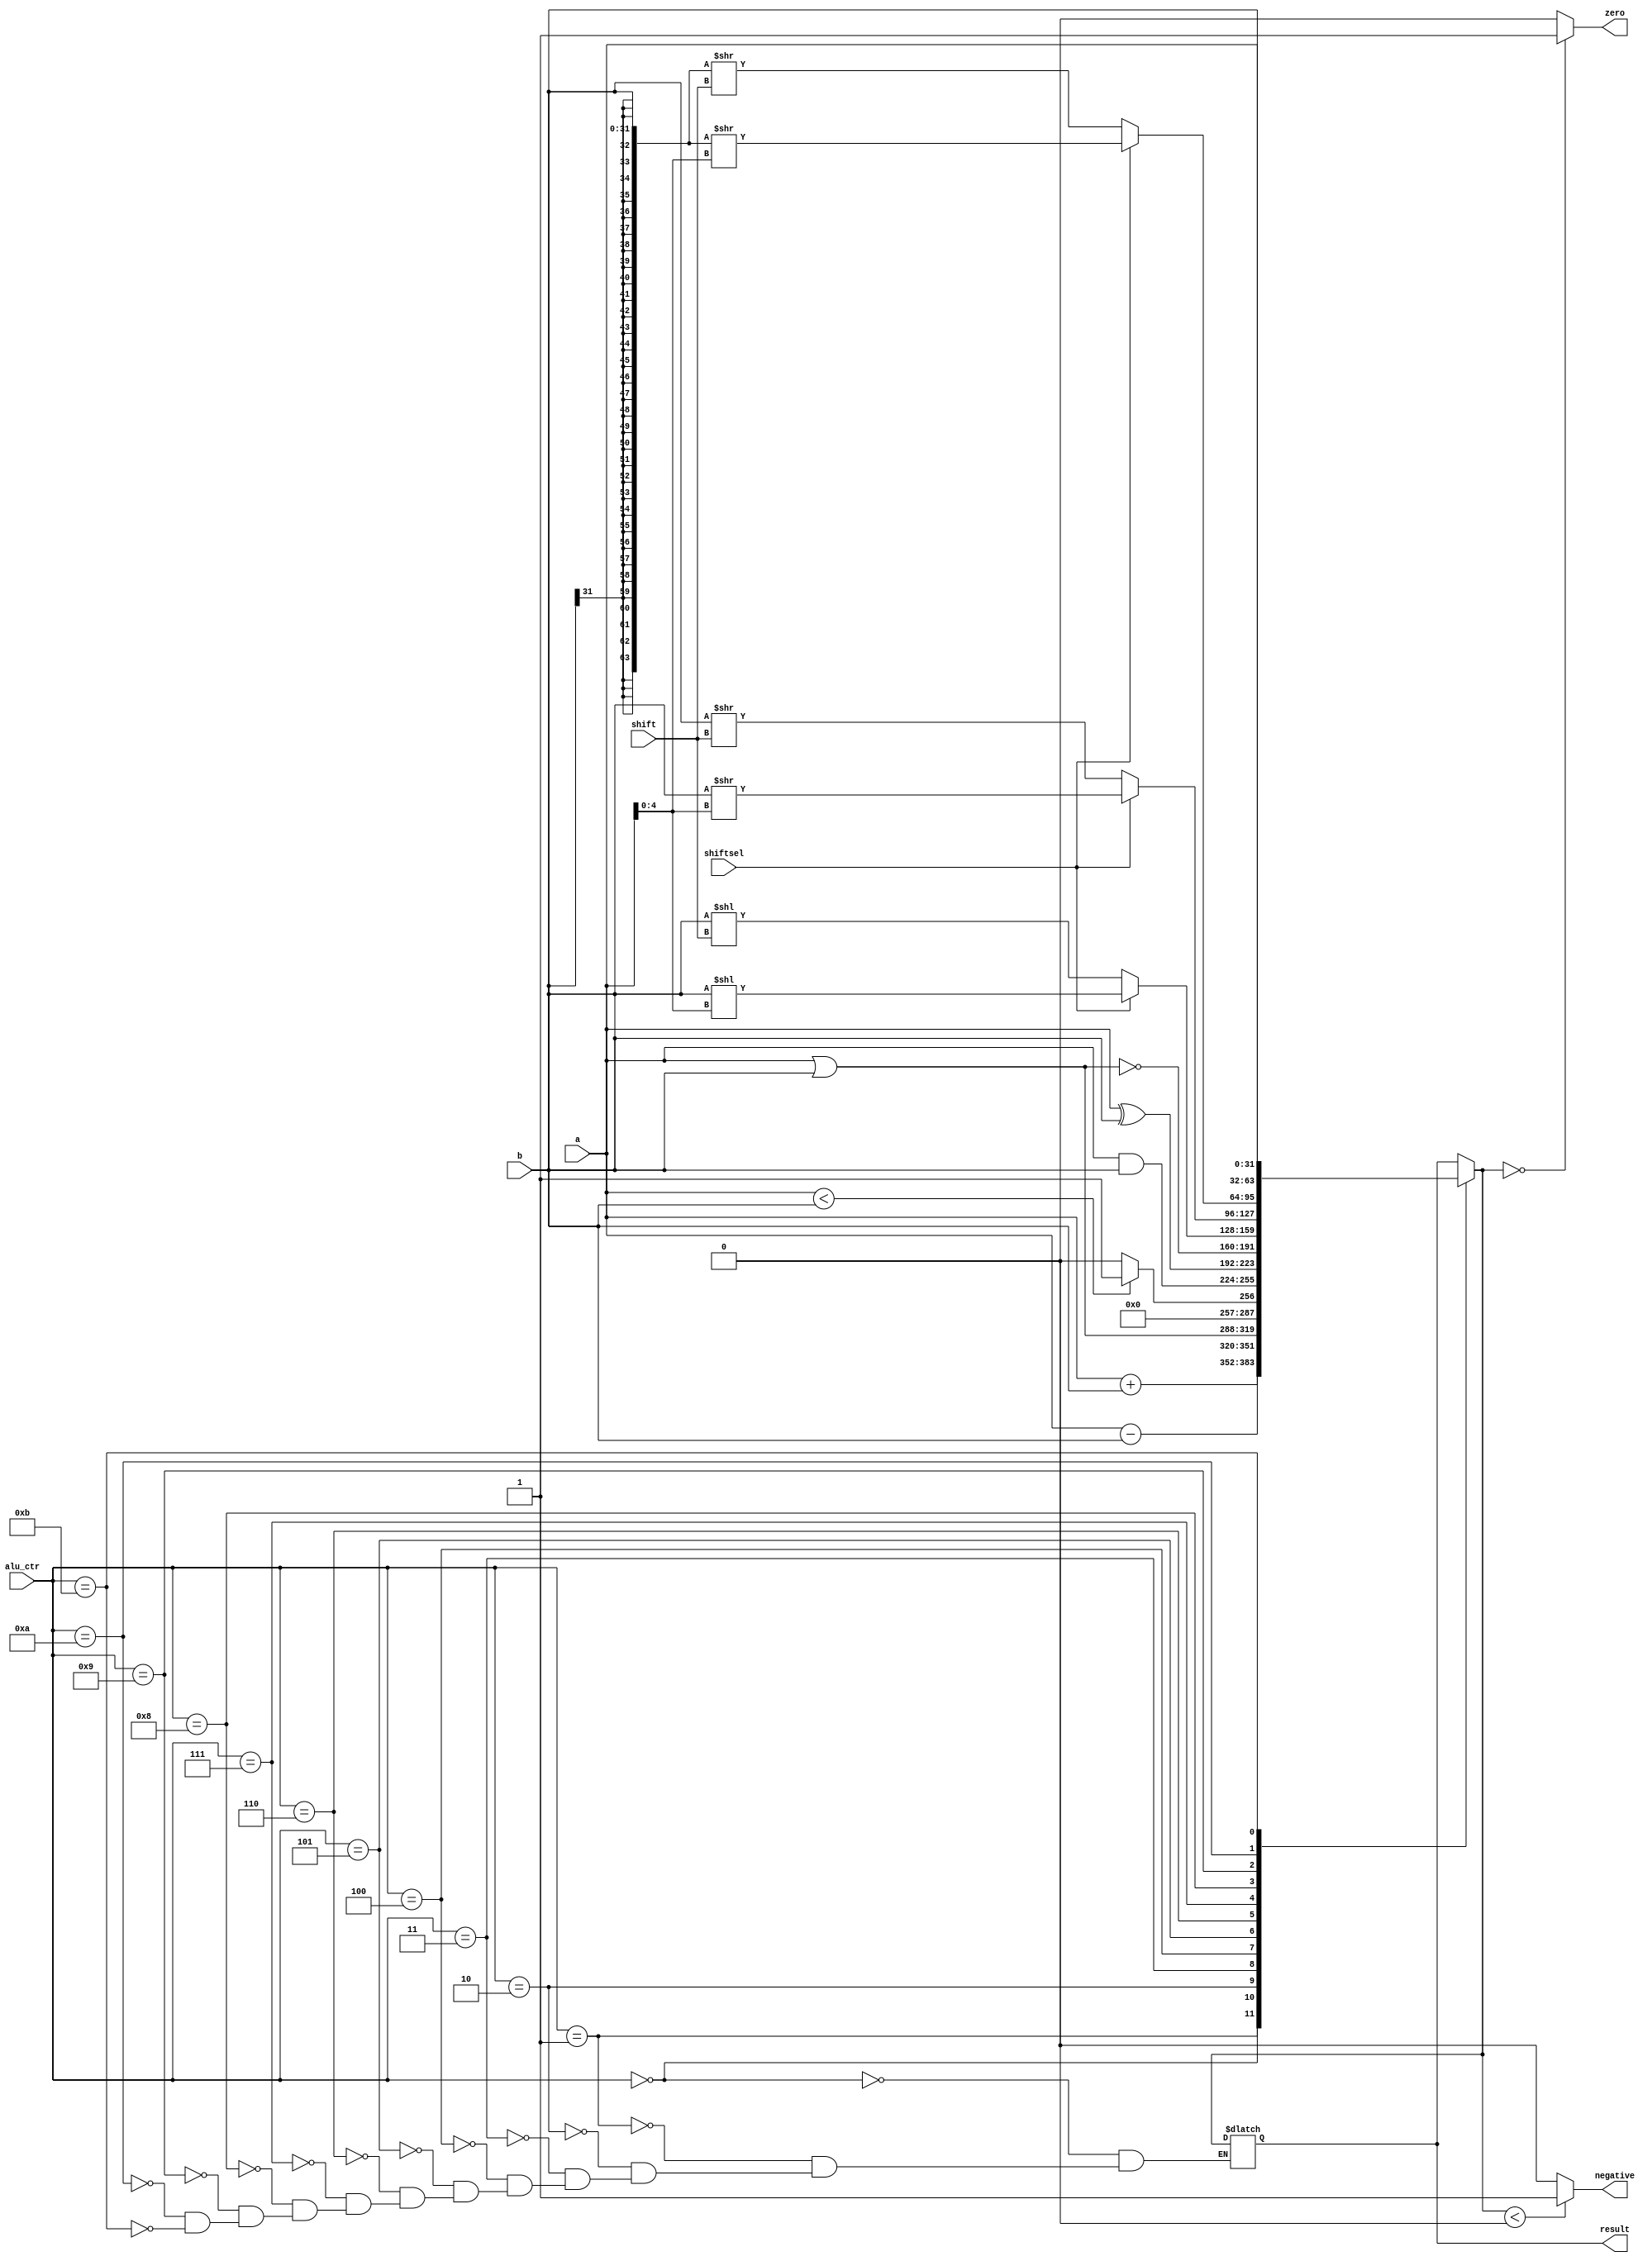
`timescale 1ns / 1ps
//////////////////////////////////////////////////////////////////////////////////
// Company: 
// Engineer: 
// 
// Design Name: 
// Module Name: alu
// Project Name: 
// Target Devices: 
// Tool Versions: 
// Description: 
// 
// Dependencies: 
// 
// Revision:
// Revision 0.01 - File Created
// Additional Comments:
// 
//////////////////////////////////////////////////////////////////////////////////


module alu(
    input [31:0] a,
    input [31:0] b,
    input [3:0] alu_ctr,
    input [4:0] shift,
    input shiftsel,
    output reg [31:0] result,
    output reg zero,
    output reg negative
    );
    parameter alu_add = 4'b0000,
              alu_sub = 4'b0001,
              alu_or = 4'b0010,
              alu_neg = 4'b0011,
              alu_and = 4'b0100,
              alu_xor = 4'b0101,
              alu_nor = 4'b0110,
              alu_sl = 4'b0111,
              alu_sr = 4'b1000,
              alu_sra = 4'b1001,
              alu_da = 4'b1010, //direct access of A
              alu_db = 4'b1011;
    reg [64:0] temp;
    always@(*)
    begin
        case(alu_ctr)
            alu_add: result = a + b;
            alu_sub: result = a - b;
            alu_or: result = a | b;
            alu_neg: result = (a < b) ? 1 : 0;
            alu_and: result = a & b;
            alu_xor: result = a ^ b;
            alu_nor: result = ~(a | b);
            alu_sl: result = shiftsel ? b << a[4:0] : b << shift;
            alu_sr: result = shiftsel ? b >> a[4:0] : b >> shift;
            alu_sra:
                begin
                    temp = shiftsel ? {{32{b[31]}}, b} >> a[4:0] : {{32{b[31]}}, b} >> shift;
                    result = temp[31:0];
                end
            alu_da: result = a;
            alu_db: result = b;
        endcase
        zero = (result == 0) ? 1 : 0;
        negative = (result < 0) ? 1 : 0;
    end
endmodule